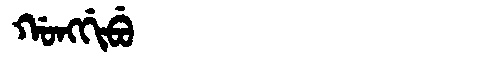
Manchu: ᡤᠣᠩᡤᡳᠪᡠ
Romanization: GONGGIBU